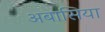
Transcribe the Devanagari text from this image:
अबासिया